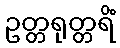
ဥတ္တရုတ္တရိံ